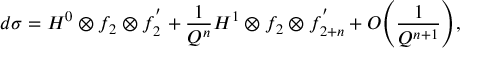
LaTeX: d \sigma = H ^ { 0 } \otimes f _ { 2 } \otimes f _ { 2 } ^ { ' } + { \frac { 1 } { Q ^ { n } } } H ^ { 1 } \otimes f _ { 2 } \otimes f _ { 2 + n } ^ { ' } + { \cal O } { \left( { \frac { 1 } { Q ^ { n + 1 } } } \right) } ,